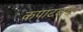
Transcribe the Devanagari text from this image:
कपाटबंद